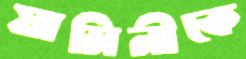
যামিনীকে